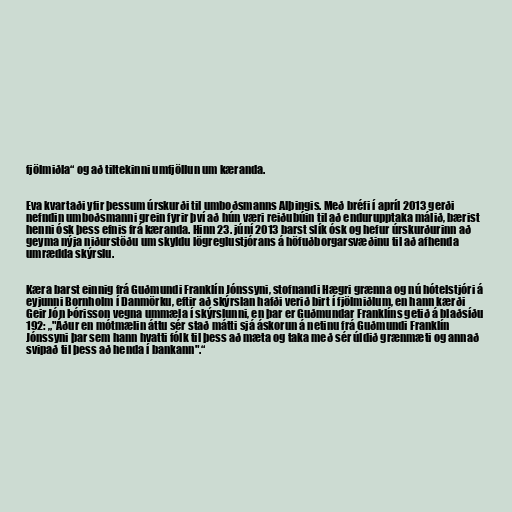
fjöl­miðla“ og að til­tek­inni um­fjöll­un um kær­anda.

Eva kvartaði yfir þess­um úr­sk­urði til umboðsmanns Alþing­is. Með bréfi í apríl 2013 gerði
nefnd­in umboðsmanni grein fyr­ir því að hún væri reiðubú­in til að end­urupp­taka málið, bær­ist
henni ósk þess efn­is frá kær­anda. Hinn 23. júní 2013 barst slík ósk og hef­ur úr­sk­urður­inn að
geyma nýja niður­stöðu um skyldu lög­reglu­stjór­ans á höfuðborg­ar­svæðinu til að af­henda
um­rædda skýrslu.

Kæra barst einnig frá Guðmundi Franklín Jónssyni, stofnandi Hægri grænna og nú hótelstjóri á
eyjunni Bornholm í Danmörku, eftir að skýrslan hafði verið birt í fjölmiðlum, en hann kærði
Geir Jón Þórisson vegna ummæla í skýrslunni, en þar er Guðmundar Franklíns getið á blaðsíðu
192: „"Áður en mótmælin áttu sér stað mátti sjá áskorun á netinu frá Guðmundi Franklín
Jónssyni þar sem hann hvatti fólk til þess að mæta og taka með sér úldið grænmæti og annað
svipað til þess að henda í bankann".“